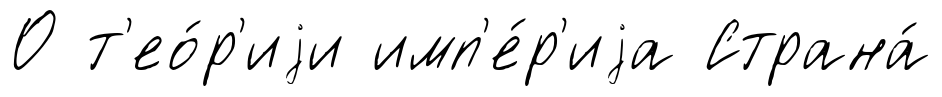
О т'ео́р'иjи имп'е́р'иjа Страна́